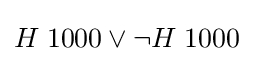
H\;1000\lor \lnot H\;1000